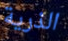
الذرية